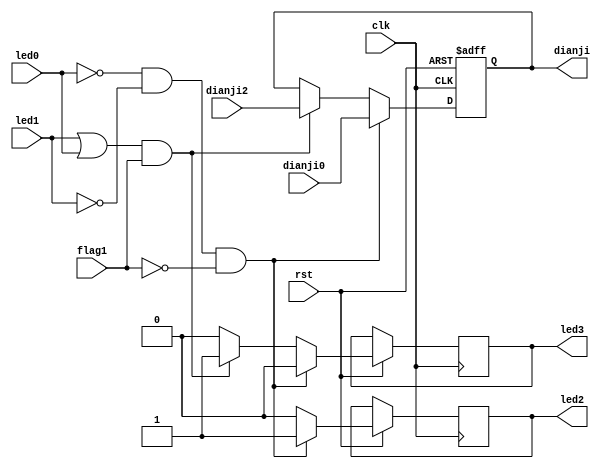
module control(clk,rst,led0,led1,dianji0,dianji2,dianji,led2,led3,flag1
    );
input clk;
input rst;
input led0;//z
input led1;//q
input flag1;
input [1:0]dianji0;
input [1:0]dianji2;
output  reg[1:0]dianji;
output reg led2;
output reg led3;
always@(posedge clk or negedge rst)
if(!rst)
dianji <= 2'd0;
else if(led0==0&&led1==0 && flag1 == 0)
begin
dianji <= dianji0;
led2 <= 1; 
led3 <= 0;
end
else if((led1==1||led0 == 1)&& flag1 ==1 )
begin
dianji <= dianji2;
led3  <= 1;
led2 <= 0;
end
else 
begin
 dianji <= dianji;
 led2 <= 0;
 led3 <= 0;
 end
 
 /*always@(posedge clk or negedge rst)
 if(!rst)
 begin
 led2 <= 0;
 led3 <= 0;
 end
 else if(dianji == dianji0)
 led2 <= 1;
 else if(dianji == dianji2)
 led3 <= 1;
 else 
 begin
 led2 <= 0;
 led3 <= 0;
 end*/
endmodule